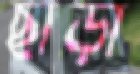
ছাড়া